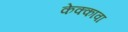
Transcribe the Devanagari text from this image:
केक्कावा